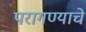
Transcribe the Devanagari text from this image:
परागण्याचे